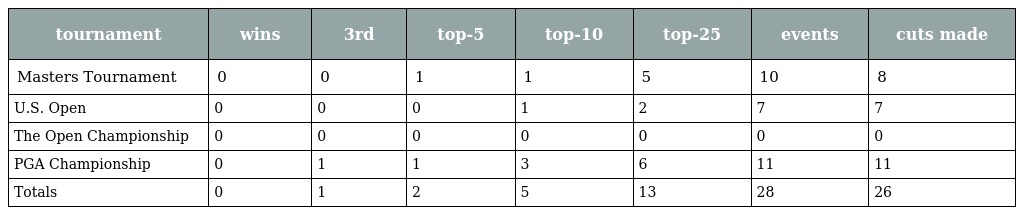
| tournament | wins | 3rd | top-5 | top-10 | top-25 | events | cuts made |
 | --- | --- | --- | --- | --- | --- | --- | --- |
 | Masters Tournament | 0 | 0 | 1 | 1 | 5 | 10 | 8 |
 | U.S. Open | 0 | 0 | 0 | 1 | 2 | 7 | 7 |
 | The Open Championship | 0 | 0 | 0 | 0 | 0 | 0 | 0 |
 | PGA Championship | 0 | 1 | 1 | 3 | 6 | 11 | 11 |
 | Totals | 0 | 1 | 2 | 5 | 13 | 28 | 26 |